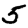
Digit: 5